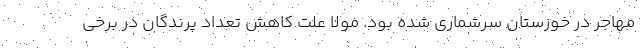
مهاجر در خوزستان سرشماری شده بود. مولا علت کاهش تعداد پرندگان در برخی